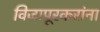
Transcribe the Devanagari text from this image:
विजापूरकरांना